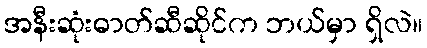
အနီးဆုံးဓာတ်ဆီဆိုင်က ဘယ်မှာ ရှိလဲ။